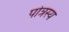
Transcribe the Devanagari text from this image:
पोत्रस्य